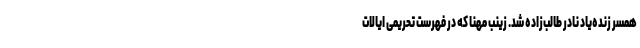
همسر زنده‌یاد نادر طالب‌زاده شد. زینب مهنا که در فهرست تحریمی ایالات